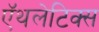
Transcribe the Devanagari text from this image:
ऍथलेटिक्स